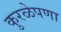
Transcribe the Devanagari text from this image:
कुरळेपणा